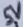
Text: 5V